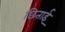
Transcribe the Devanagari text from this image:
छिताई